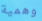
وهمية